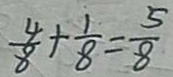
\frac { 4 } { 8 } + \frac { 1 } { 8 } = \frac { 5 } { 8 }